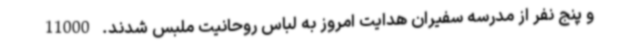
و پنج نفر از مدرسه سفیران هدایت امروز به لباس روحانیت ملبس شدند. 11000